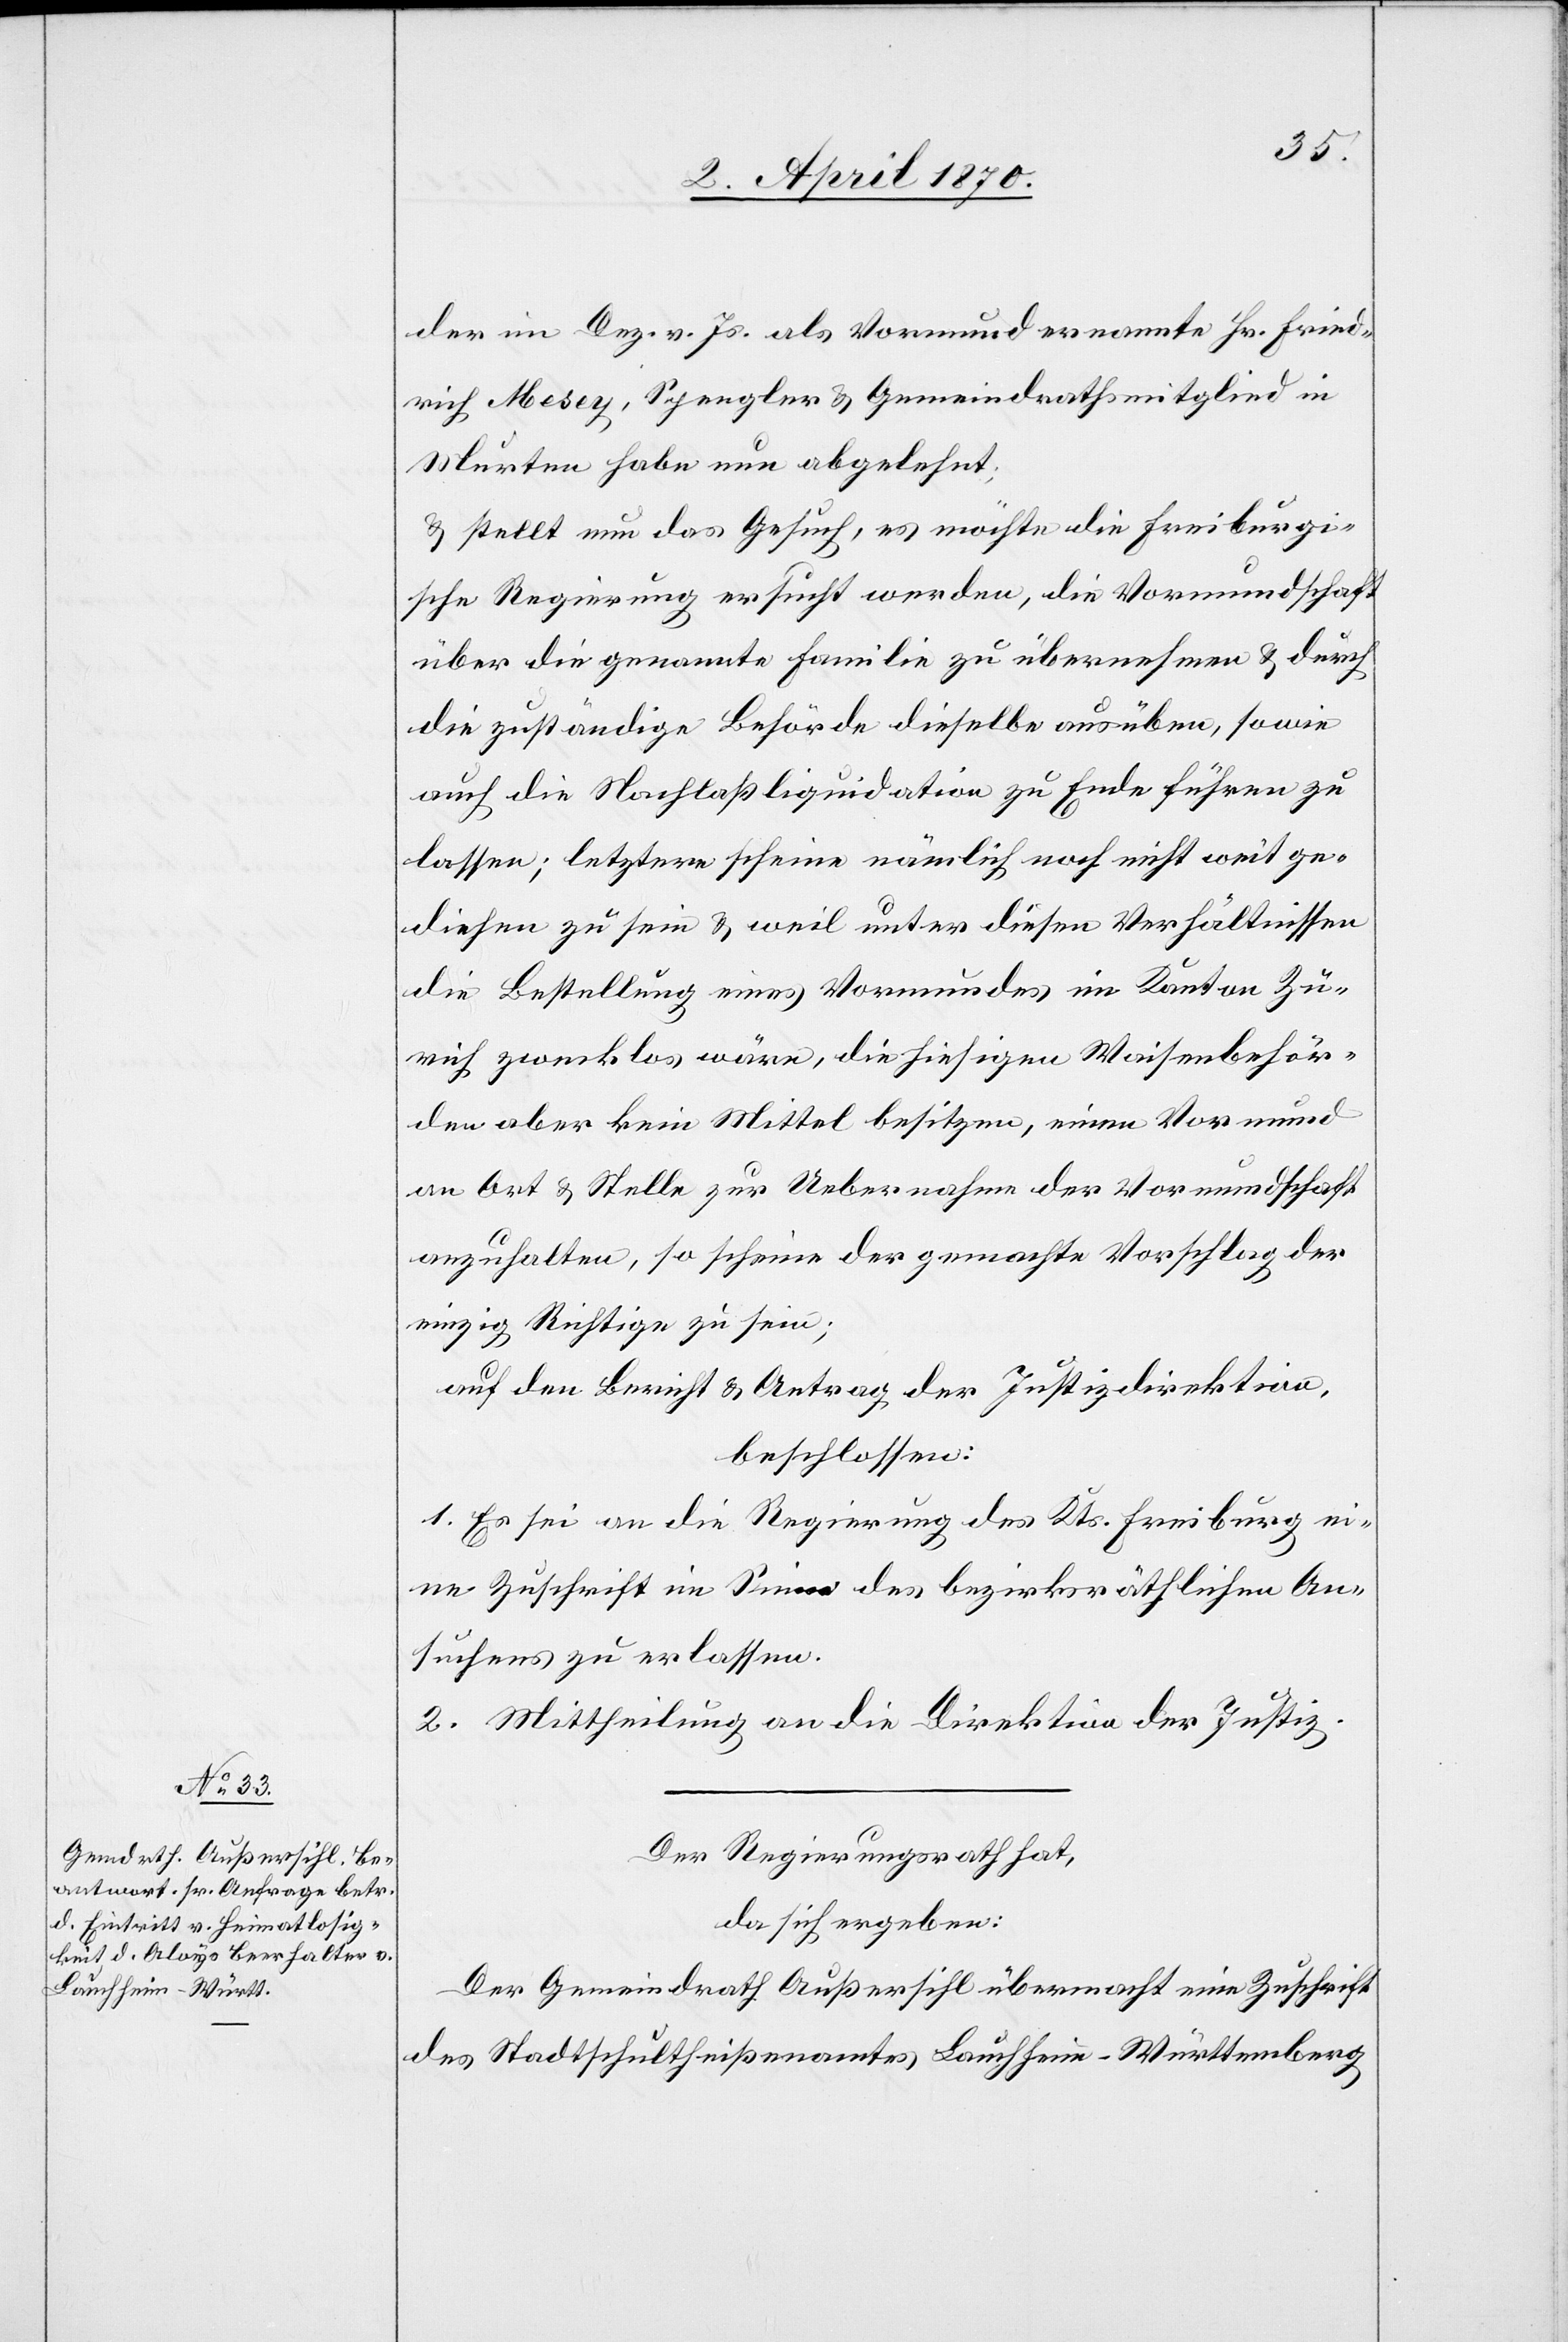
der im Dez. vor. Js. als Vormund ernannte Hr. Fried¬
rich Mesey, Spengler & Gemeindrathsmitglied in
Murten habe nun abgelehnt;
& stellt nun das Gesuch, es möchte die Freiburgi¬
sche Regierung ersucht werden, die Vormundschaft
über die genannte Familie zu übernehmen & durch
die zuständige Behörde dieselbe ausüben, sowie
auch die Nachlaßliquidation zu Ende führen zu
lassen; letztere scheine nämlich noch nicht weit ge¬
diehen zu sein & weil unter diesen Verhältnissen
die Bestellung eines Vormundes im Kanton Zü¬
rich zwecklos wäre, die hiesigen Waisenbehör¬
den aber kein Mittel besitzen, einen Vormund
an Ort & Stelle zur Uebernahme der Vormundschaft
anzuhalten, so scheine der gemachte Vorschlage der
einzig Richtige zu sein;
auf den Bericht & Antrag der Justizdirektion,
beschlossen:
1. Es sei an die Regierung des Kts. Freiburg ei¬
ne Zuschrift im Sinne des bezirksräthlichen An¬
suchens zu erlassen.
2. Mittheilung an die Direktion der Justiz.
Der Regierungsrath hat,
da sich ergeben:
Der Gemeindrath Außersihl übermacht eine Zuschrift
des Stadtschultheißenamtes Lauchheim - Württemberg